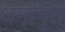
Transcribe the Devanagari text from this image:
धर्मामृत